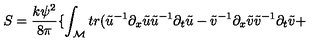
S = \frac { k \psi ^ { 2 } } { 8 \pi } \{ \int _ { \cal M } t r ( \tilde { u } ^ { - 1 } \partial _ { x } \tilde { u } \tilde { u } ^ { - 1 } \partial _ { t } \tilde { u } - \tilde { v } ^ { - 1 } \partial _ { x } \tilde { v } \tilde { v } ^ { - 1 } \partial _ { t } \tilde { v } +